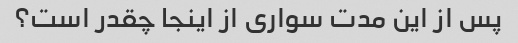
پس از این مدت سواری از اینجا چقدر است؟